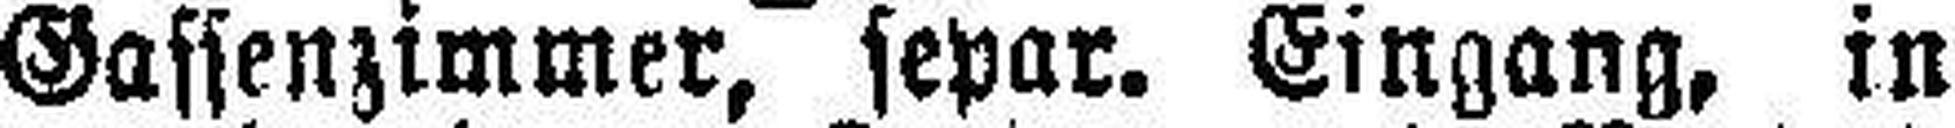
Gassenzimmer, separ. Eingang, in